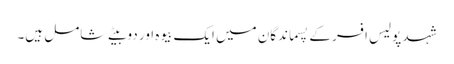
شہد پولیس افسر کے پسماندگان میں ایک بیوہ اور دو بیٹے شامل ہیں۔